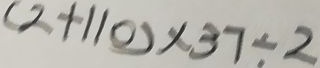
( 2 + 1 1 0 ) \times 3 7 \div 2